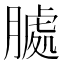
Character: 𮌶